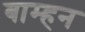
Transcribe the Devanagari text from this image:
बाम्हन